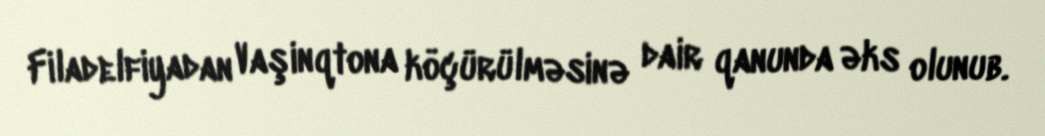
Filadelfiyadan Vaşinqtona köçürülməsinə dair qanunda əks olunub.